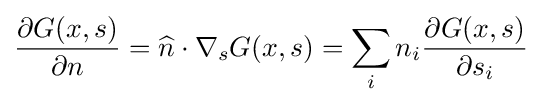
{\frac {\partial G(x,s)}{\partial n}}={\widehat {n}}\cdot \nabla _{s}G(x,s)=\sum _{i}n_{i}{\frac {\partial G(x,s)}{\partial s_{i}}}